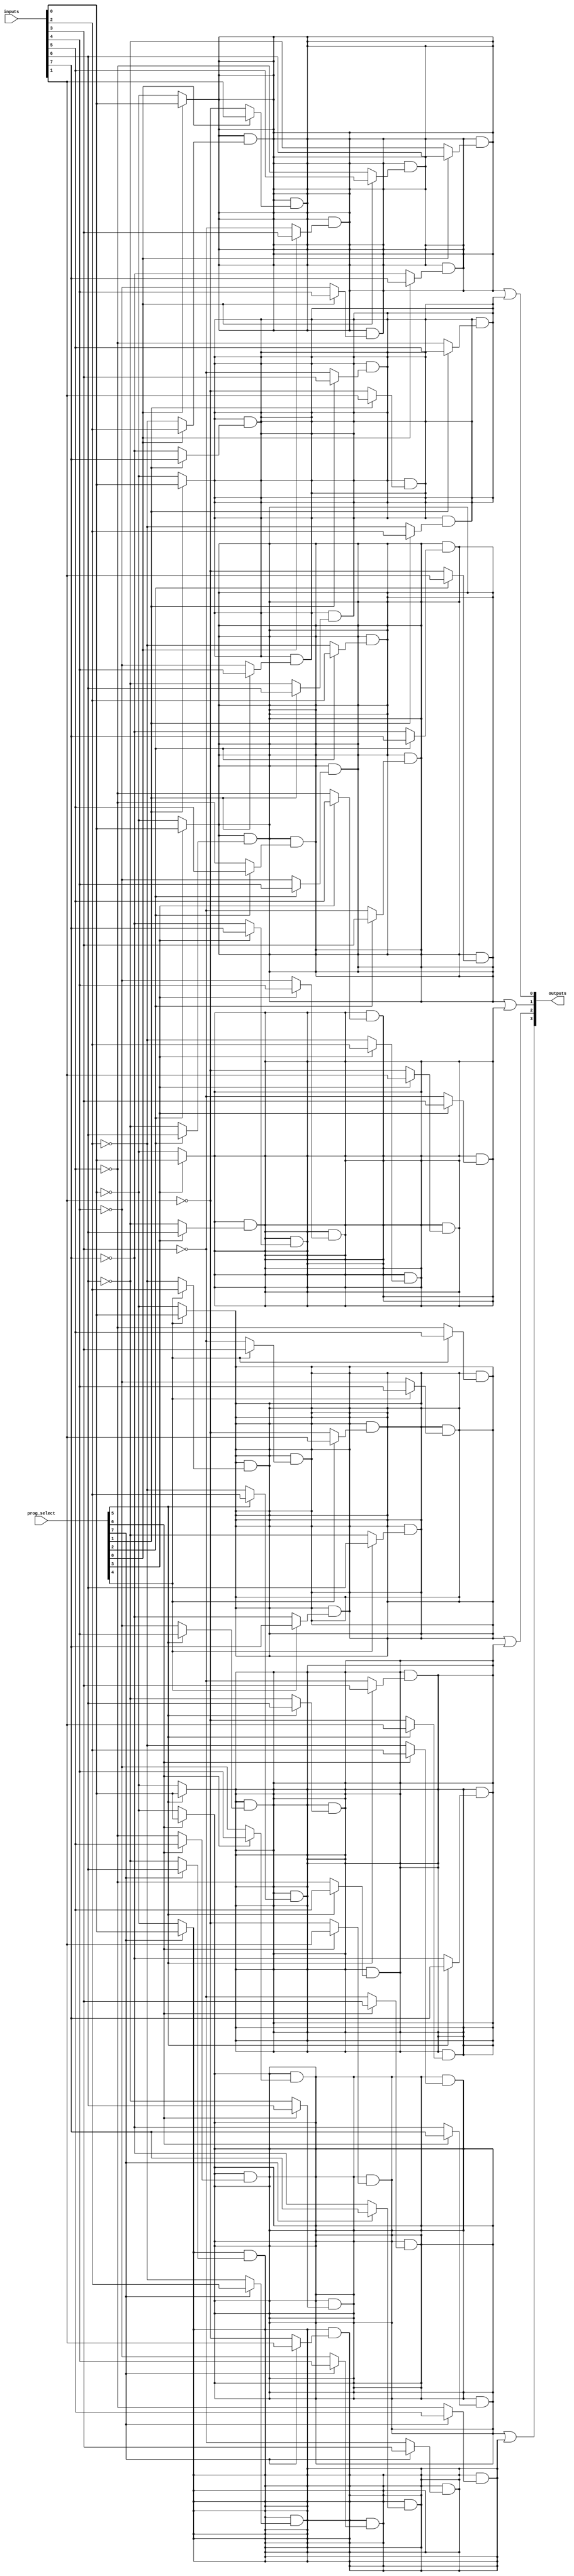
module jewel_pal (
    input  wire [N-1:0] inputs,      // N input signals
    input  wire [M-1:0] prog_select,  // M select signals for programming the AND gates
    output wire [P-1:0] outputs       // P output signals
);

    parameter N = 8; // Number of input lines
    parameter M = 16; // Number of programmable AND gates
    parameter P = 4; // Number of output lines

    // Programmable AND array
    wire [M-1:0] and_out; // Outputs of AND gates

    // Example of how to program the AND gates
    genvar i, j;
    generate
        for (i = 0; i < M; i = i + 1) begin: and_gates
            wire [N-1:0] and_inputs;
            // Select inputs based on prog_select
            assign and_inputs = {inputs[N-1:0]}; // Directly connected inputs
            
            // Example of inverting some inputs based on prog_select
            assign and_out[i] = (prog_select[i]) ? and_inputs[0] : ~and_inputs[0]; // Simple example
            for (j = 1; j < N; j = j + 1) begin
                assign and_out[i] = and_out[i] & (prog_select[i] ? and_inputs[j] : ~and_inputs[j]);
            end
        end
    endgenerate

    // Fixed OR Array
    wire [P-1:0] or_out; // Outputs of OR gates

    // Example of how to connect AND gates to OR gates
    assign or_out[0] = and_out[0] | and_out[1]; // OR gate 1
    assign or_out[1] = and_out[2] | and_out[3]; // OR gate 2
    assign or_out[2] = and_out[4] | and_out[5]; // OR gate 3
    assign or_out[3] = and_out[6] | and_out[7]; // OR gate 4
    
    // Assign the output signals
    assign outputs = or_out;

endmodule